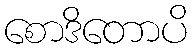
စောဒိတောပိ